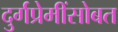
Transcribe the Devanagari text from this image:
दुर्गप्रेमींसोबत